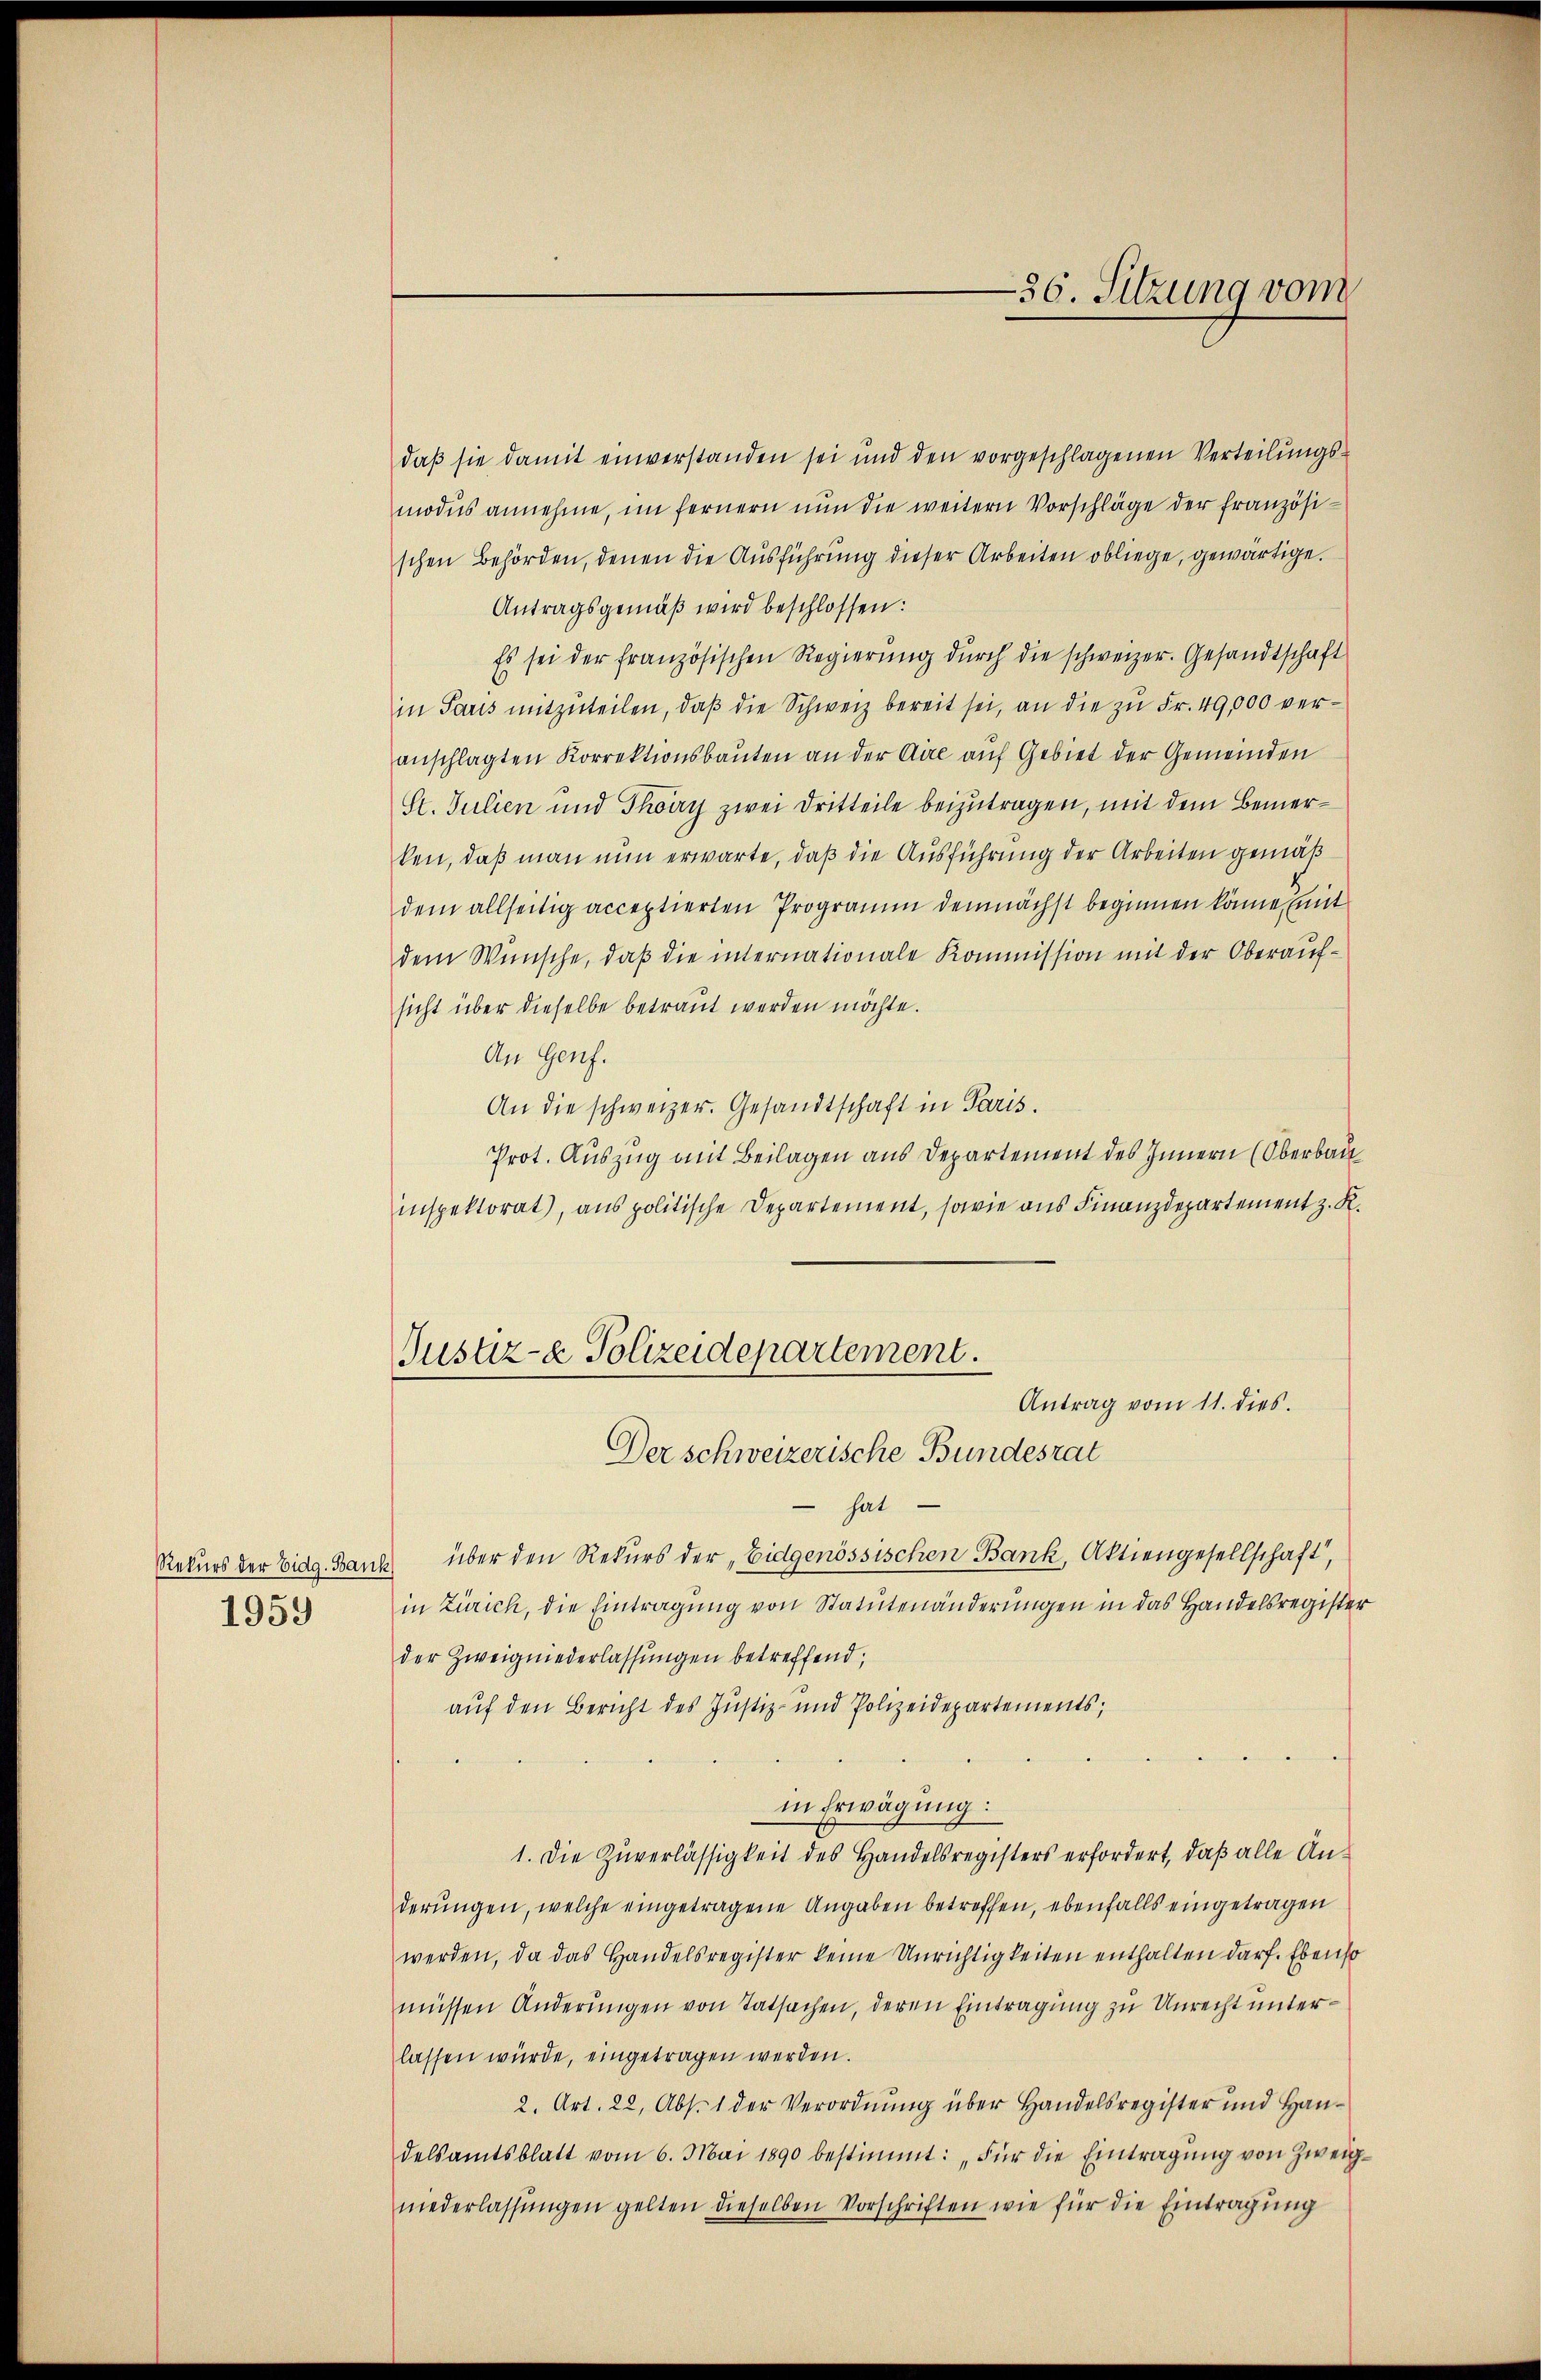
Rekurs der Eidg. Bank
1959

daß sie damit einverstanden sei und den vorgeschlagenen Verteilungsmodus annehme, im fernern nun die weitern Vorschläge der Französischen Behörden, denen die Ausführung dieser Arbeiten obliege, gewärtige.
Antragsgemäβ wird beschlossen:
Es sei der französischen Regierŭng dŭrch die schweizer. Gesandtschaft
in Paris mitzuteilen, daß die Schweiz bereit sei, an die zu Fr. 49,000 veranschlagten Korrektionsbauten an der Aire auf Gebiet der Gemeinden
St. Julien und Thöry zwei Dritteile beizutragen, mit dem Bemerken, daß man nun erwarte, daß die Ausführung der Arbeiten gemäß
dem allseitig acceptierten Programm demnächst beginnen könne, (mit
dem Wünsche, daß die internationale Kommission mit der Oberaufsicht über dieselbe betraut werden möchte.
An Genf.
An die schweizer. Gesandtschaft in Paris.
Prot. Auszug mit Beilagen aus Departement des Innern (Oberbau
inspektorat), aus politische Departement, sowie aus Finanzdepartement z. R.
Justiz- & Polizeidepartement.
Antrag vom 11. dies
Der schweizerische Bundesrat
hat
über den Rekurs der „Eidgenössischen Bank, Aktiengesellschaft,
in Zürich, die Eintragung von Statutenänderungen in das Handelsregister
der Zweigniederlassungen betreffend,
auf den Bericht des Justiz- und Polizeidepartements;
in Erwägung:
1. Die Zuverlässigkeit des Handelsregisters erfordert, daβ alle An-
derungen, welche eingetragene Angaben betroffen, ebenfalls eingetragen
werden, da das Handelsregister keine Unrichtigkeiten enthalten darf. Ebenso
müssen Änderungen von Tatsachen, deren Eintragung zu Unrecht unterlassen würde, eingetragen werden.
2. Art. 22, Abs. 1 der Verordnung über Handelsregister und Handelsamtsblatt vom 6. Mai 1890 bestimmt: „Für die Eintragŭng von Zweigniederlassungen gelten dieselben Vorschriften wie für die Eintragung

-36. Sitzung vom